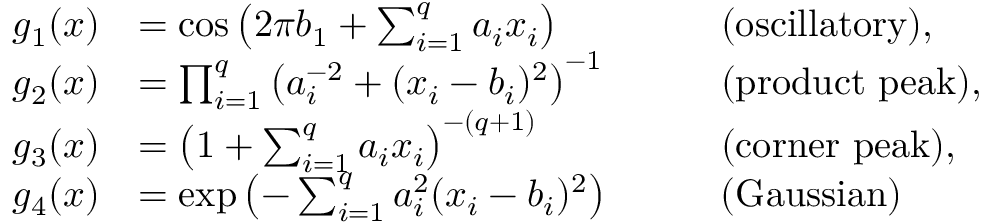
\begin{array} { r l r l } { g _ { 1 } ( \boldsymbol { x } ) } & { = \cos \left( 2 \pi b _ { 1 } + \sum _ { i = 1 } ^ { q } a _ { i } x _ { i } \right) \quad } & & { \mathrm { ( o s c i l l a t o r y ) } , } \\ { g _ { 2 } ( \boldsymbol { x } ) } & { = \prod _ { i = 1 } ^ { q } \left( a _ { i } ^ { - 2 } + ( x _ { i } - b _ { i } ) ^ { 2 } \right) ^ { - 1 } \quad } & & { \mathrm { ( p r o d u c t ~ p e a k ) } , } \\ { g _ { 3 } ( \boldsymbol { x } ) } & { = \left( 1 + \sum _ { i = 1 } ^ { q } a _ { i } x _ { i } \right) ^ { - ( q + 1 ) } \quad } & & { \mathrm { ( c o r n e r ~ p e a k ) } , } \\ { g _ { 4 } ( \boldsymbol { x } ) } & { = \exp \left( - \sum _ { i = 1 } ^ { q } a _ { i } ^ { 2 } ( x _ { i } - b _ { i } ) ^ { 2 } \right) \quad } & & { \mathrm { ( G a u s s i a n ) } } \end{array}